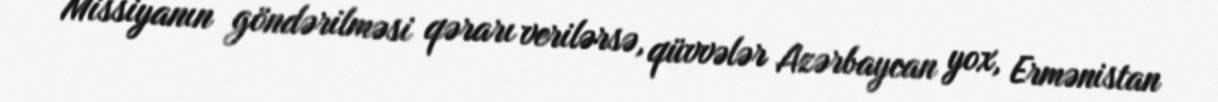
Missiyanın göndərilməsi qərarı verilərsə, qüvvələr Azərbaycan yox, Ermənistan